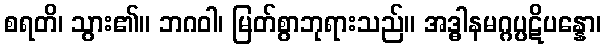
စရတိ၊ သွား၏။ ဘဂဝါ၊ မြတ်စွာဘုရားသည်။ အဒ္ဓါနမဂ္ဂပ္ပဋိပန္နော၊